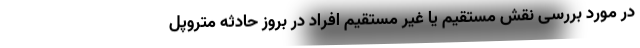
در مورد بررسی نقش مستقیم یا غیر مستقیم افراد در بروز حادثه متروپل